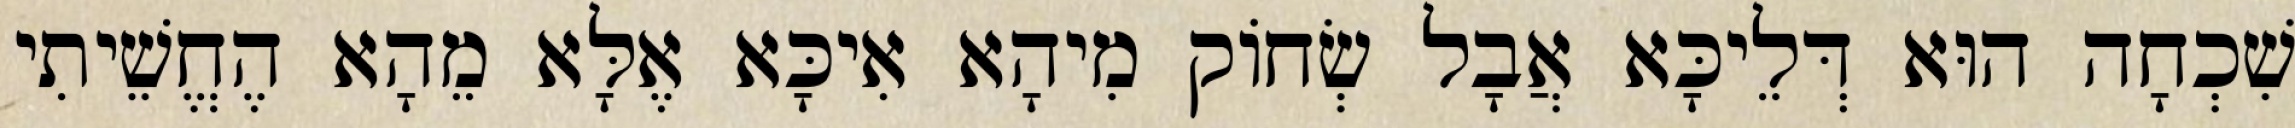
שִׁכְחָה הוּא דְּלֵיכָּא אֲבָל שְׂחוֹק מִיהָא אִיכָּא אֶלָּא מֵהָא הֶחֱשֵׁיתִי